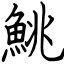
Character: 鮡